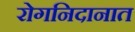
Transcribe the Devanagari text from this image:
रोगनिदानात